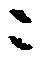
ニ